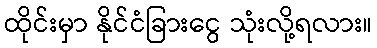
ထိုင်းမှာ နိုင်ငံခြားငွေ သုံးလို့ရလား။